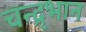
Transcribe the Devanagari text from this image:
चन्द्र्भान